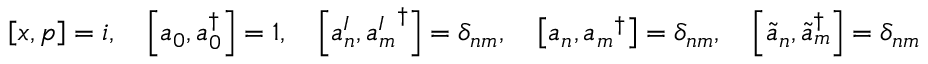
\left[ x , p \right] = i , \quad \left[ a _ { 0 } , a _ { 0 } ^ { \dagger } \right] = 1 , \quad \left[ a _ { n } ^ { I } , { a _ { m } ^ { I } } ^ { \dagger } \right] = \delta _ { n m } , \quad \left[ a _ { n } , { a _ { m } } ^ { \dagger } \right] = \delta _ { n m } , \quad \left[ \tilde { a } _ { n } , { \tilde { a } _ { m } } ^ { \dagger } \right] = \delta _ { n m }